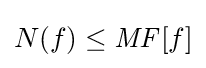
N(f)\leq {\mathit {MF}}[f]